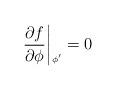
LaTeX: \begin{align*}\left.{{\partial f}\over{\partial \phi}}\right|{\mbox{\raisebox{-1.7ex}{{\tiny{$\!\phi'$}}}}} =0 \end{align*}